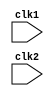
	module pipe_MIPS32(clk1,clk2);
	
	input clk1,clk2;//two phase clock
	
	reg [31:0] PC,IF_ID_IR,IF_ID_NPC;
	reg [31:0] ID_EX_A,ID_EX_B,ID_EX_IR,ID_EX_NPC,ID_EX_IMM;
	reg [2:0] ID_EX_type,EX_MEM_type,MEM_WB_type; 
	reg [31:0] EX_MEM_IR,EX_MEM_ALUOUT,EX_MEM_B;
	reg EX_MEM_COND;
	reg [31:0] MEM_WB_IR,MEM_WB_ALUOUT,MEM_WB_LMD;
	
	reg [31:0] Reg [0:31];//register bank 32x32
	reg [31:0] Mem [0:1023];//1024x32 memory
	
	parameter ADD=6'b000000,SUB=6'b000001, AND=6'b000010, OR=6'b000011, SLT=6'b000100, MUL=6'b000101, HLT=6'b111111,
	LW=6'b001000, SW=6'b001001, ADDI=6'b001010, SUBI=6'b001011, SLTI=6'b001100, BNEQZ=6'b001101, BEQZ=6'b001110;
	
	parameter RR_ALU=3'b000,RM_ALU=3'b001, LOAD=3'b010, STORE=3'b011, BRANCH=3'b100, HALT=3'b101;
	
	reg HALTED;//SET AFTER HLT instruction is completed(in WB stage)
	
	reg TAKEN_BRANCH;//requiered to disable instructions after branch in EX stage 
	
	always @(posedge clk1) // IF stage
 		if (HALTED == 0)
 			begin
 				if(((EX_MEM_IR[31:26] == BEQZ) && (EX_MEM_COND == 1)) || ((EX_MEM_IR[31:26] == BNEQZ) && (EX_MEM_COND==0)))
 					begin
 						IF_ID_IR <= #2 Mem[EX_MEM_ALUOUT];
 						TAKEN_BRANCH <= #2 1'b1;
 						IF_ID_NPC <= #2 EX_MEM_ALUOUT + 1;
 						PC <= #2 EX_MEM_ALUOUT + 1;
 					end
 				else
 					begin
 						IF_ID_IR <= #2 Mem[PC];
 						IF_ID_NPC <= #2 PC +1;
 						PC <= #2 PC + 1;
 					end
 			end
	
	always @(posedge clk2)//ID stage
		if(HALTED == 0)
			begin
				if(IF_ID_IR[25:21] == 5'b00000)
					ID_EX_A <= 0;
				else
					ID_EX_A <= #2 Reg[IF_ID_IR[25:21]]; // rs
				
				if(IF_ID_IR[20:16] == 5'b00000)
					ID_EX_B <= 0;
				else
					ID_EX_B <= #2 Reg[IF_ID_IR[20:16]]; // rt
					
				ID_EX_IR <= #2 IF_ID_IR;
 				ID_EX_NPC <= #2 IF_ID_NPC;
 				ID_EX_IMM <= #2 {{16{IF_ID_IR[15]}} , {IF_ID_IR[15:0]}};
				
				case (IF_ID_IR[31:26])
					ADD,SUB,AND,OR,SLT,MUL: ID_EX_type <= #2 RR_ALU;
					ADDI,SUBI,SLTI: 	ID_EX_type <= #2 RM_ALU;
					LW: 			ID_EX_type <= #2 LOAD;
					SW: 			ID_EX_type <= #2 STORE;
					BNEQZ,BEQZ: 		ID_EX_type <= #2 BRANCH;
					HLT: 			ID_EX_type <= #2 HALT;
					default: 		ID_EX_type <= #2 HALT; //invalid opcode
				endcase
			end
			
	always @(posedge clk1)  //EX stage
		if (HALTED ==0)
			begin
				EX_MEM_type <= #2 ID_EX_type;
				EX_MEM_IR <= #2 ID_EX_IR;
				TAKEN_BRANCH <= #2 0;
				
				case (ID_EX_type)
					RR_ALU:
						begin
							case (ID_EX_IR[31:26])//opcode
								ADD:
									EX_MEM_ALUOUT <= #2 ID_EX_A + ID_EX_B;
								SUB:
									EX_MEM_ALUOUT <= #2 ID_EX_A - ID_EX_B;
								AND:
									EX_MEM_ALUOUT <= #2 ID_EX_A & ID_EX_B;
								OR:
									EX_MEM_ALUOUT <= #2 ID_EX_A | ID_EX_B;
								SLT:
									EX_MEM_ALUOUT <= #2 ID_EX_A < ID_EX_B;
								MUL:
									EX_MEM_ALUOUT <= #2 ID_EX_A * ID_EX_B;
								default:
									EX_MEM_ALUOUT <= #2 32'hxxxxxxxx;
							endcase
						end
					RM_ALU:
						begin
							case (ID_EX_IR[31:26])//opcode
								ADDI:
									EX_MEM_ALUOUT <= #2 ID_EX_A + ID_EX_IMM;
								SUBI:
									EX_MEM_ALUOUT <= #2 ID_EX_A - ID_EX_IMM;
								SLTI:
									EX_MEM_ALUOUT <= #2 ID_EX_A < ID_EX_IMM;
								default:
									EX_MEM_ALUOUT <= #2 32'hxxxxxxxx;
							endcase
						end
					LOAD,STORE:
						begin
							EX_MEM_ALUOUT <= #2 ID_EX_A + ID_EX_IMM;
							EX_MEM_B <= #2 ID_EX_B;
						end
					BRANCH:
						begin
							EX_MEM_ALUOUT <= #2 ID_EX_NPC + ID_EX_IMM;
							EX_MEM_COND <= #2 (ID_EX_A == 0);
						end
				endcase
				
			end
	always @(posedge clk2)
		if (HALTED == 0)
			begin
				MEM_WB_type <= #2 EX_MEM_type;
				MEM_WB_IR <= #2 EX_MEM_IR;
				
				case (EX_MEM_type)
					RR_ALU,RM_ALU:
						MEM_WB_ALUOUT <= EX_MEM_ALUOUT;
					LOAD:
						MEM_WB_LMD <= Mem[EX_MEM_ALUOUT];
					STORE:
						if (TAKEN_BRANCH ==0) //DISABLE WRITE
							Mem[EX_MEM_ALUOUT] <= #2 EX_MEM_B;
				endcase
			end	
	always @(posedge clk1) //WB STAGE
		begin
			if (TAKEN_BRANCH ==0) //disable write when branch taken
				case (MEM_WB_type)
					RR_ALU:
						Reg[MEM_WB_IR[15:11]] <= MEM_WB_ALUOUT;//rd
					RM_ALU:
						Reg[MEM_WB_IR[20:16]] <= MEM_WB_ALUOUT;//rt
					LOAD:
						Reg[MEM_WB_IR[20:16]] <= MEM_WB_LMD;//rt
					HALT:
						HALTED <= #2 1'b1;
				endcase
		end
endmodule